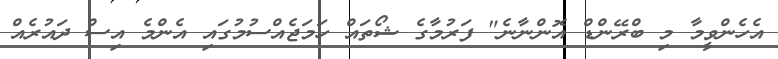
އެހެންވީމާ މި ބްރޭންޑް އޮންނާނެ" ފަރުމާގެ ޝޯތައް ހަމަޖެއްސުމުގައި އެންމެ އިސް ދައުރެއް